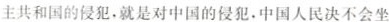
主共和国的侵犯，就是对中国的侵犯。中国人民决不会坐